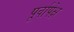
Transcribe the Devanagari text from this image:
पूर्वापेक्ष